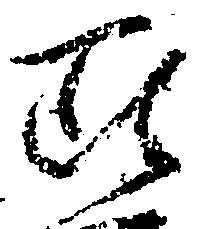
雖